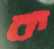
ক